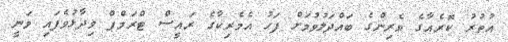
އުތުރު ކޮރެއާގެ ވެރިންގެ ބައްދަލުވުމަށް ފަހު އެމެރިކާގެ ރައީސް ޓްރަމްޕް ވިދާޅުވެފައި ވަނީ